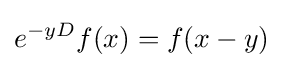
e^{-yD}f(x)=f(x-y)